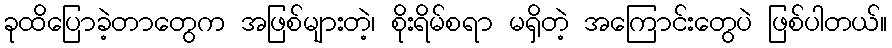
ခုထိပြောခဲ့တာတွေက အဖြစ်များတဲ့၊ စိုးရိမ်စရာ မရှိတဲ့ အကြောင်းတွေပဲ ဖြစ်ပါတယ်။